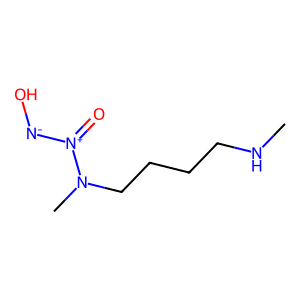
SMILES: CNCCCCN(C)[N+](=O)[N-]O
Inhibits HIV replication: No